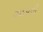
ઝડપવી